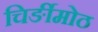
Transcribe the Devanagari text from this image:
चिर्ङीमोठ